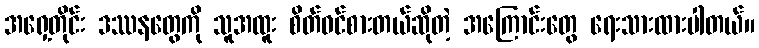
အရှေ့တိုင်း ဒဿနတွေကို သူအထူး စိတ်ဝင်စားတယ်ဆိုတဲ့ အကြောင်းတွေ ရေးသားထားပါတယ်။